Riigikantselei, lk 21
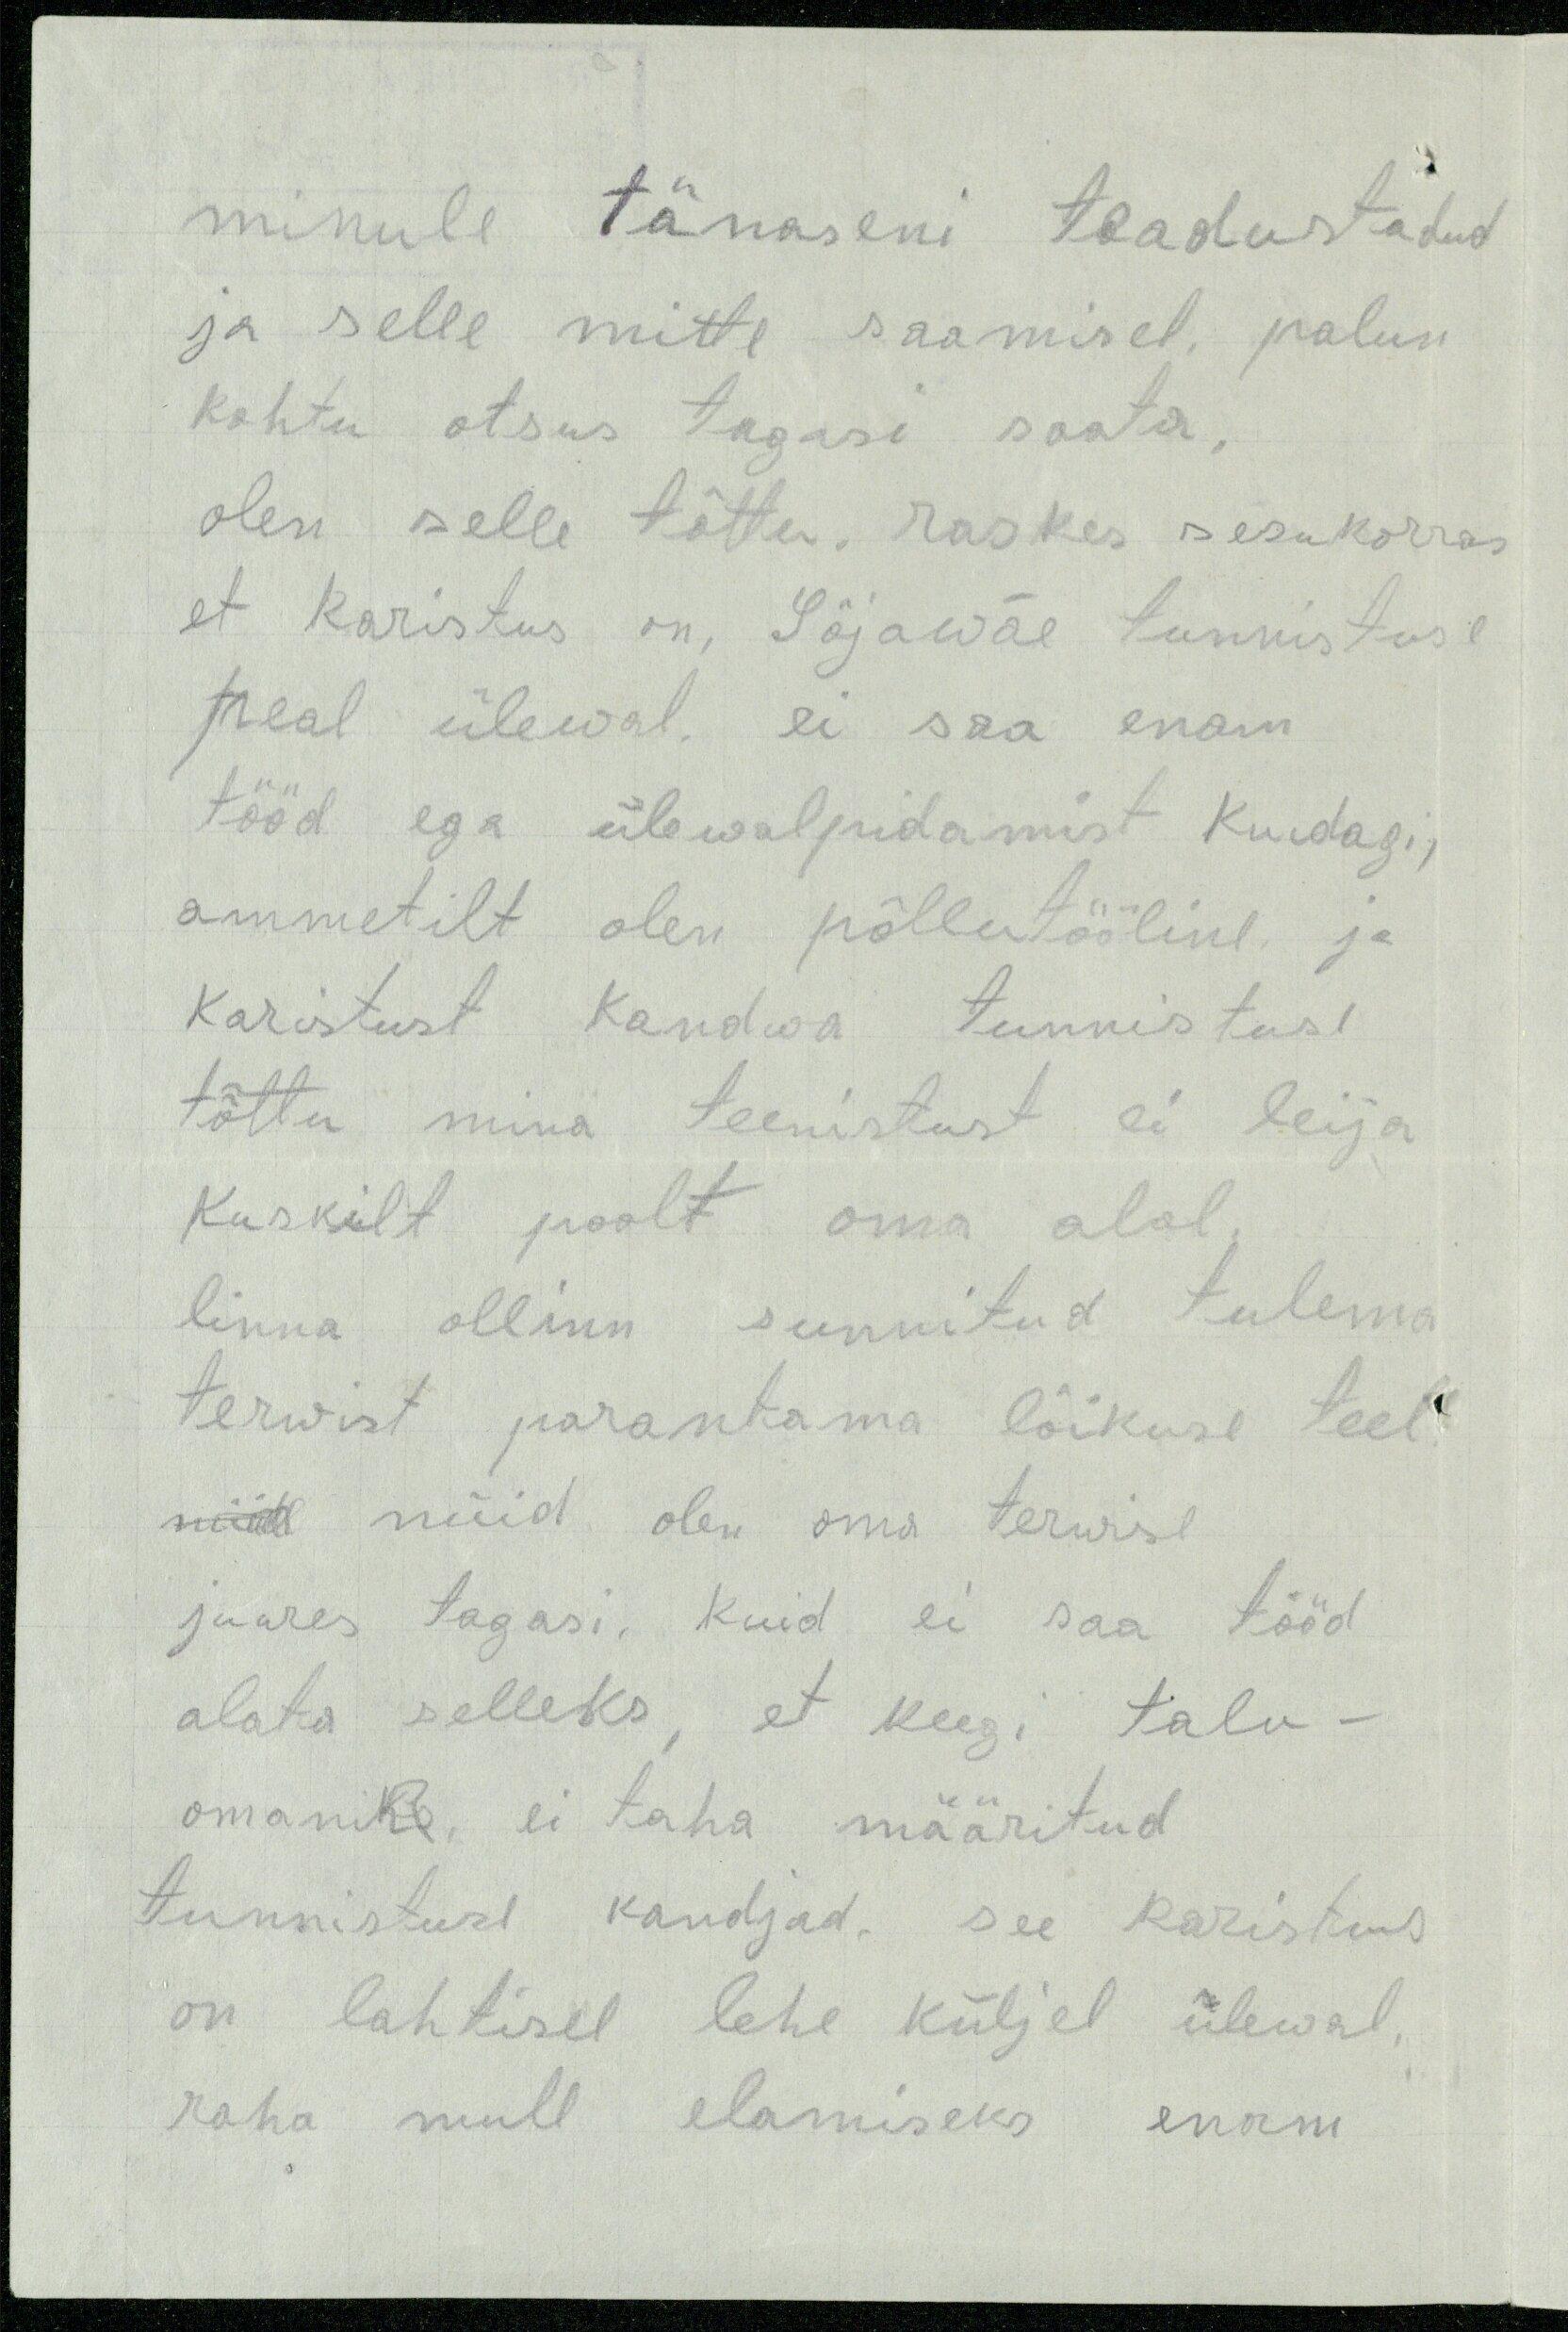
minule tänaseni teadustadud
ja selle mitte saamisel, palun
kohtu otsus tagasi saata.
olen selle tõttu, raskes sesukorras
et karistus on, Sõjawäe tunnistuse
peal ülewal, ei saa enam
tööd ega ülewalpidamist kuidagi,
ammetilt olen põllutööline ja
Karistust kandwa tunnistuse
tõttu mina teenistust ei leija
kuskilt poolt oma alal,
linna ollinn sunnitud tulema
terwist parantama lõikuse teel.
nüid nüid olen oma terwise
juures tagasi, kuid ei saa tööd
alata selleks, et keegi talu-
omanik ei taha määritud
tunnistuse kandjad, see karistus
on lahtisel lehe küljel ülewal,
raha mull elamiseks enam